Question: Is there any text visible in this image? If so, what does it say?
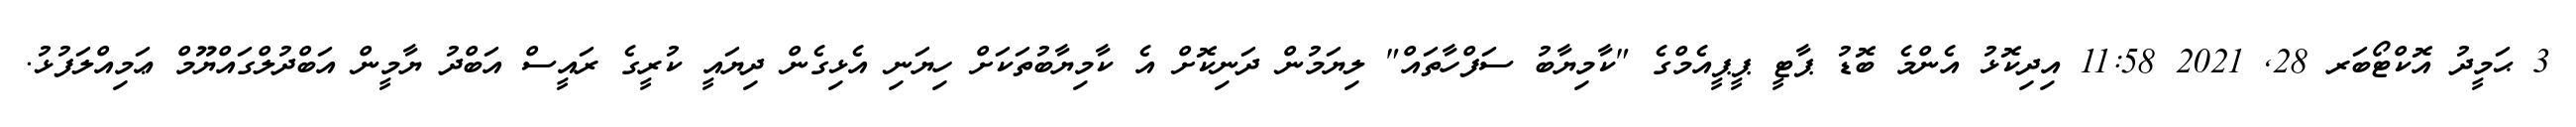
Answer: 3 ޙަމީދު އޮކްޓޯބަރ 28, 2021 11:58 އިދިކޮޅު އެންމެ ބޮޑު ޕާޓީ ޕީޕީއެމްގެ "ކާމިޔާބު ސަފްހާތައް" ލިޔަމުން ދަނިކޮށް އެ ކާމިޔާބުތަކަށް ހިޔަނި އެޅިގެން ދިޔައީ ކުރީގެ ރައީސް އަބްދު ޔާމީން އަބްދުލްގައްޔޫމް ޢަމިއްލަފުޅު.